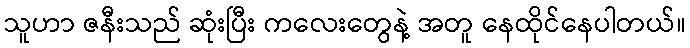
သူဟာ ဇနီးသည် ဆုံးပြီး ကလေးတွေနဲ့ အတူ နေထိုင်နေပါတယ်။